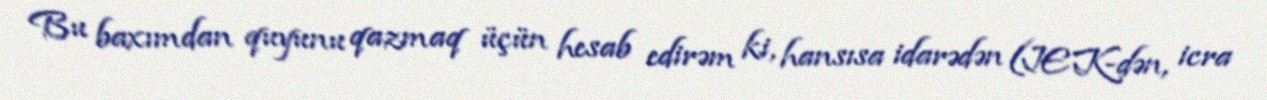
Bu baxımdan quyunu qazmaq üçün hesab edirəm ki, hansısa idarədən (JEK-dən, icra